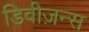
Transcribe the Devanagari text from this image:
डिवीज़न्स